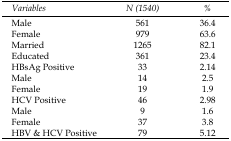
| Variables | N(1540) | % |
 | --- | --- | --- |
 | Male | 561 | 36.4 |
 | Female | 979 | 63.6 |
 | Married | 1265 | 82.1 |
 | Educated | 361 | 23.4 |
 | HBsAg Positive | 33 | 2.14 |
 | Male | 14 | 2.5 |
 | Female | 19 | 1.9 |
 | HCV Positive | 46 | 2.98 |
 | Male | 9 | 1.6 |
 | Female | 37 | 3.8 |
 | HBV & HCV Positive | 79 | 5.12 |